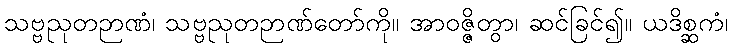
သဗ္ဗညုတဉာဏံ၊ သဗ္ဗညုတဉာဏ်တော်ကို။ အာဝဇ္ဇိတွာ၊ ဆင်ခြင်၍။ ယဒိစ္ဆကံ၊